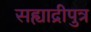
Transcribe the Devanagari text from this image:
सह्याद्रीपुत्र